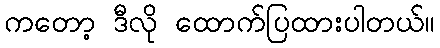
ကတော့ ဒီလို ထောက်ပြထားပါတယ်။